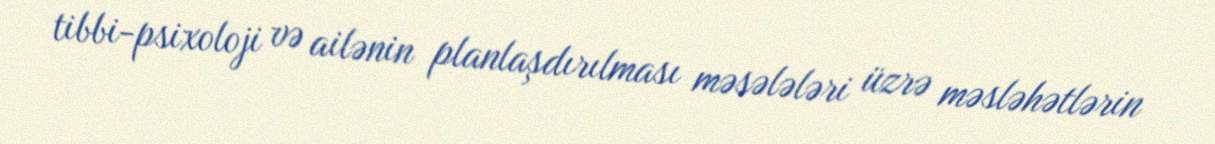
tibbi-psixoloji və ailənin planlaşdırılması məsələləri üzrə məsləhətlərin